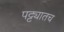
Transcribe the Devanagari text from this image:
पट्ट्यातच